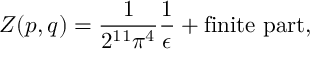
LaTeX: { \cal Z } ( p , q ) = \frac { 1 } { 2 ^ { 1 1 } \pi ^ { 4 } } \frac { 1 } { \epsilon } + \mathrm { f i n i t e ~ p a r t } ,